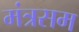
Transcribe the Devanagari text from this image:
मंत्रसम